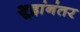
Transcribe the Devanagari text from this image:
शूद्रांनंतर